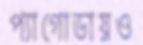
প্যাগোডায়ও